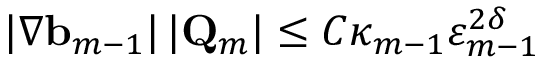
| \nabla \ensuremath { \mathbf { b } } _ { m - 1 } | \, | \mathbf { Q } _ { m } | \leq C \kappa _ { m - 1 } \varepsilon _ { m - 1 } ^ { 2 \delta }